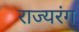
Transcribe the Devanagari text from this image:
राज्यरंग